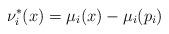
LaTeX: \begin{align*}\nu^*_i(x) = \mu_i(x)-\mu_i(p_i)\end{align*}